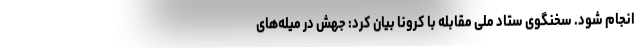
انجام شود. سخنگوی ستاد ملی مقابله با کرونا بیان کرد: جهش در میله‌های